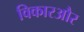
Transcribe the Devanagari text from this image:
विकारऔर